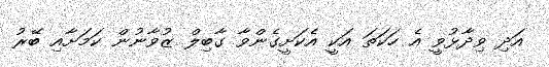
އަދި ވިދާޅުވީ އެ ހަކަތަ އަކީ އެކަށީގެންވާ ގާބިލް ޒުވާނުން ކަމަށާއި ބޭރު